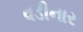
વડીનાર